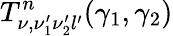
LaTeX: T_{\nu,\nu_{1}^{\prime}\nu_{2}^{\prime}l^{\prime}}^{n}(\gamma_{1},\gamma_{2})